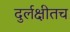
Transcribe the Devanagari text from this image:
दुर्लक्षीतच